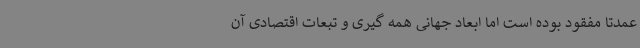
عمدتا مفقود بوده است اما ابعاد جهانی همه گیری و تبعات اقتصادی آن